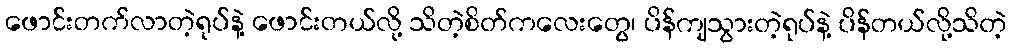
ဖောင်းတက်လာတဲ့ရုပ်နဲ့ ဖောင်းတယ်လို့ သိတဲ့စိတ်ကလေးတွေ၊ ပိန်ကျသွားတဲ့ရုပ်နဲ့ ပိန်တယ်လို့သိတဲ့